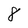
Character: 8